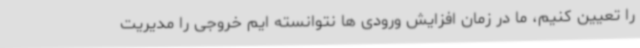
را تعیین کنیم، ما در زمان افزایش ورودی ها نتوانسته ایم خروجی را مدیریت